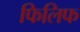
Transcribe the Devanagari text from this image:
फिलिफ